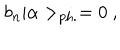
b _ { n } | \alpha > _ { \mathrm { p h . } } = 0 ~ ,